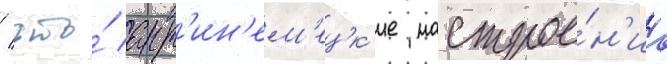
/ что́ ант'ин'ем'ецк'ие настрое́н'иа